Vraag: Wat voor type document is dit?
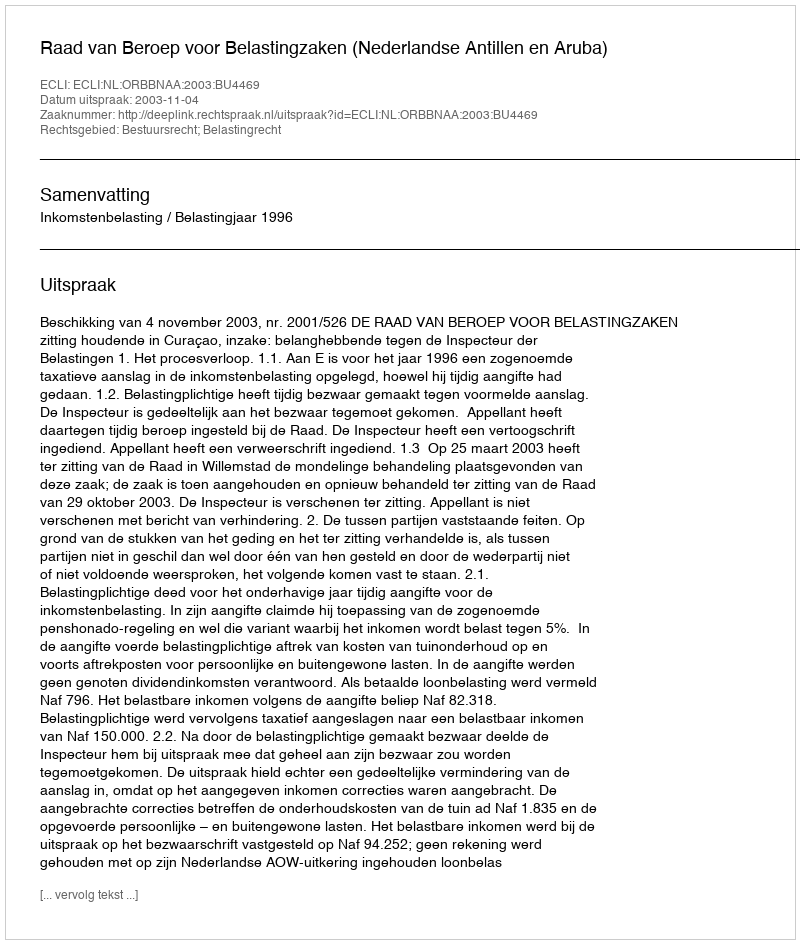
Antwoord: Uitspraak